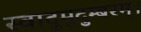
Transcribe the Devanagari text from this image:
स्वादुमुदुम्बरम्।